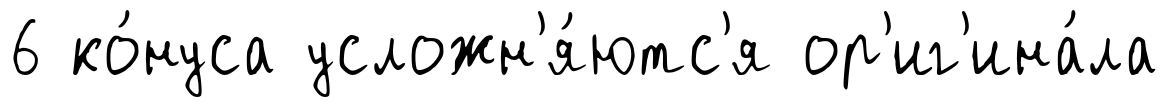
6 ко́нуса усложн'я́ютс'я ор'иг'ина́ла